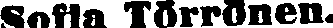
Sofia Törrönen.